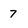
Character: 7